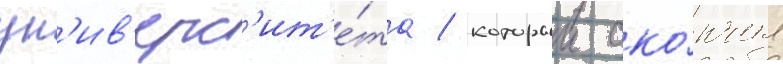
ун'ив'ерс'ит'е́та / которыи око́нчил